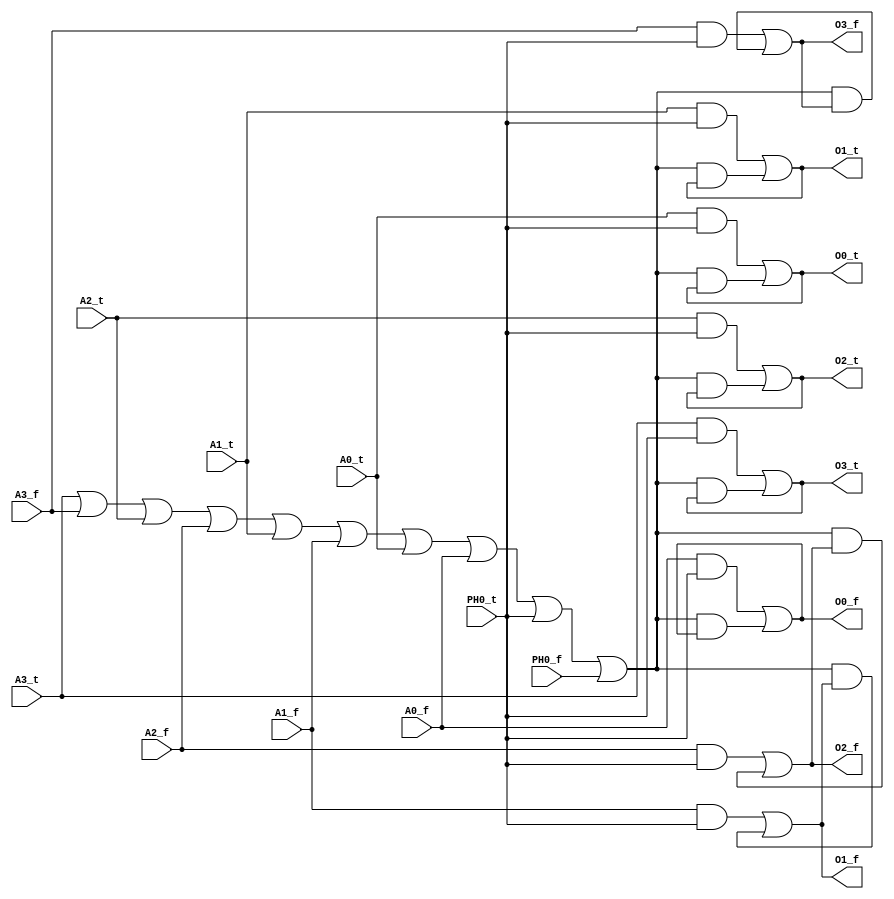
module NCL_enable_addr(
	input A3_t, A3_f, A2_t, A2_f, A1_t, A1_f, A0_t, A0_f, PH0_t, PH0_f, 
	output O3_t, O3_f, O2_t, O2_f, O1_t, O1_f, O0_t, O0_f);

	wire hysteresis;
	assign hysteresis = A3_t | A3_f | A2_t | A2_f | A1_t | A1_f | A0_t | A0_f | PH0_t | PH0_f;

	assign O3_f= (A3_f & PH0_t) | (hysteresis & O3_f);
	assign O3_t= (A3_t & PH0_t) | (hysteresis & O3_t);
	assign O2_f= (A2_f & PH0_t) | (hysteresis & O2_f);
	assign O2_t= (A2_t & PH0_t) | (hysteresis & O2_t);
	assign O1_f= (A1_f & PH0_t) | (hysteresis & O1_f);
	assign O1_t= (A1_t & PH0_t) | (hysteresis & O1_t);
	assign O0_f= (A0_f & PH0_t) | (hysteresis & O0_f);
	assign O0_t= (A0_t & PH0_t) | (hysteresis & O0_t);

endmodule